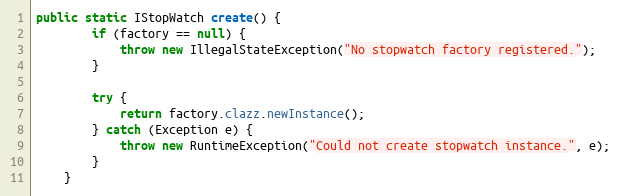
Language: Java
public static IStopWatch create() {
        if (factory == null) {
            throw new IllegalStateException("No stopwatch factory registered.");
        }

        try {
            return factory.clazz.newInstance();
        } catch (Exception e) {
            throw new RuntimeException("Could not create stopwatch instance.", e);
        }
    }